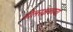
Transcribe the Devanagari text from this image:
गोलरक्षकाचा